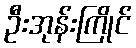
ဦးအုန်းကြိုင်